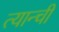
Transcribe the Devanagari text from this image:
त्यान्ची